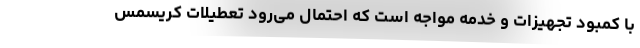
با کمبود تجهیزات و خدمه مواجه است که احتمال می‌رود تعطیلات کریسمس